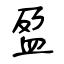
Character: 盈